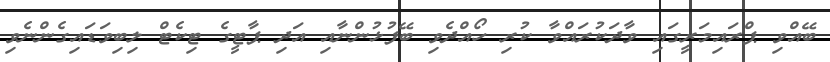
ބޭއްވި ޕްރައިމަރީގައި ވާދަކުރައްވާ ކުރި ހޯއްދެވި ބޭފުޅުންނާއި އަދި ޕާޓީގެ ޓިކެޓް ލިބިވަޑައިގެންނެވި